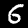
Digit: 6